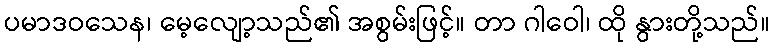
ပမာဒဝသေန၊ မေ့လျော့သည်၏ အစွမ်းဖြင့်။ တာ ဂါဝေါ၊ ထို နွားတို့သည်။